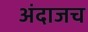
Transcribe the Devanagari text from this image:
अंदाजच